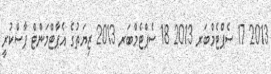
2013 17 ސެޕްޓެމްބަރ 2013 18 ސެޕްޓެމްބަރ 2013 ޒިޔަތުގެ އެޕާޓްމަންޓް ފާސްކުރީ